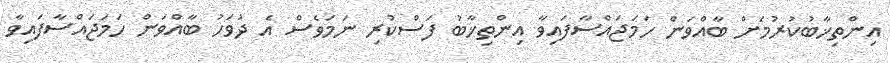
އިންތިޚާބުކުރުމަށް ބާއްވަން ހަމަޖައްސާފައިވާ އިންތިޚާބު ފަސްކުރި ނަމަވެސް އެ ދުވަހު ބާއްވަން ހަމަޖައްސާފައިވާ